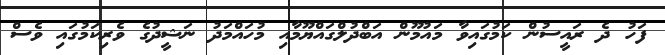
ފަހު ދެ ރައީސުން ކަމުގައިވާ މައުމޫން އަބްދުލްގައްޔޫމާއި މުހައްމަދު ނަޝީދުގެ ވެރިކަމުގައި ވެސް